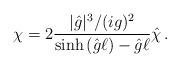
LaTeX: \begin{align*}\chi=2\frac{|{\hat g}|^3/(ig)^2}{\sinh{\left( {\hat g}\ell \right)}-{\hat g}\ell}{\hat{\chi}}\, .\end{align*}